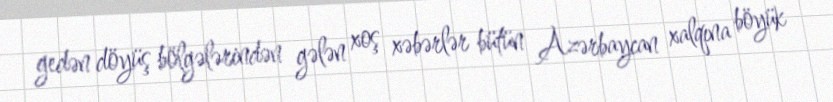
gedən döyüş bölgələrindən gələn xoş xəbərlər bütün Azərbaycan xalqına böyük